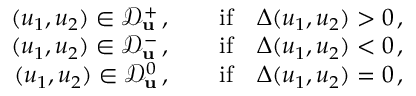
\begin{array} { r } { ( u _ { 1 } , u _ { 2 } ) \in \mathcal { D } _ { \mathbf { u } } ^ { + } \, , \qquad \mathrm { i f } \quad \Delta ( u _ { 1 } , u _ { 2 } ) > 0 \, , } \\ { ( u _ { 1 } , u _ { 2 } ) \in \mathcal { D } _ { \mathbf { u } } ^ { - } \, , \qquad \mathrm { i f } \quad \Delta ( u _ { 1 } , u _ { 2 } ) < 0 \, , } \\ { ( u _ { 1 } , u _ { 2 } ) \in \mathcal { D } _ { \mathbf { u } } ^ { 0 } \, , \qquad \mathrm { i f } \quad \Delta ( u _ { 1 } , u _ { 2 } ) = 0 \, , } \end{array}